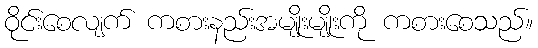
ဝိုင်းစေလျက် ကစားနည်းအမျိုးမျိုးကို ကစားစေသည်။